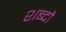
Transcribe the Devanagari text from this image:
शब्दौ